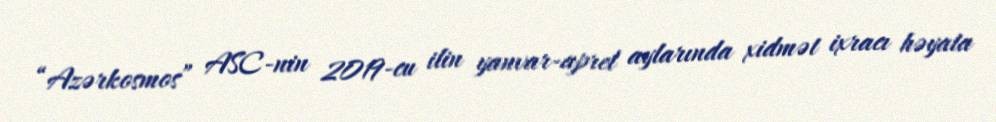
“Azərkosmos” ASC-nin 2019-cu ilin yanvar-aprel aylarında xidmət ixracı həyata